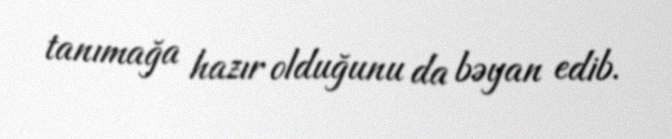
tanımağa hazır olduğunu da bəyan edib.